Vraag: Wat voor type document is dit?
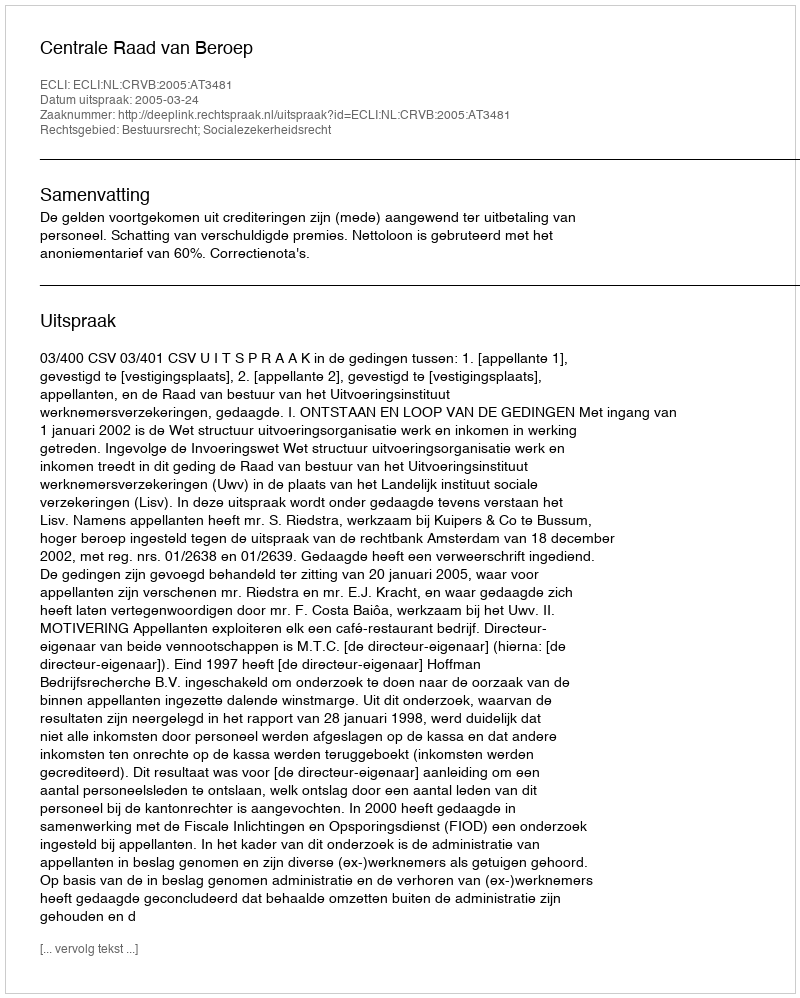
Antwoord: Uitspraak